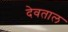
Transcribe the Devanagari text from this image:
देवताल